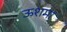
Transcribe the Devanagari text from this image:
ऊशमा